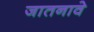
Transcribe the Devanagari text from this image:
जातनावे